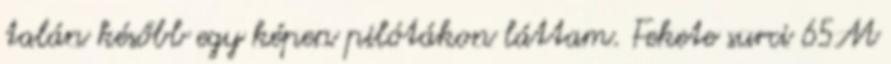
talán később egy képen pilótákon láttam. Fekete surci 65M